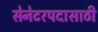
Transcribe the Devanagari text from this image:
सेनेटरपदासाठी